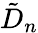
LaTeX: \tilde{D}_{n}